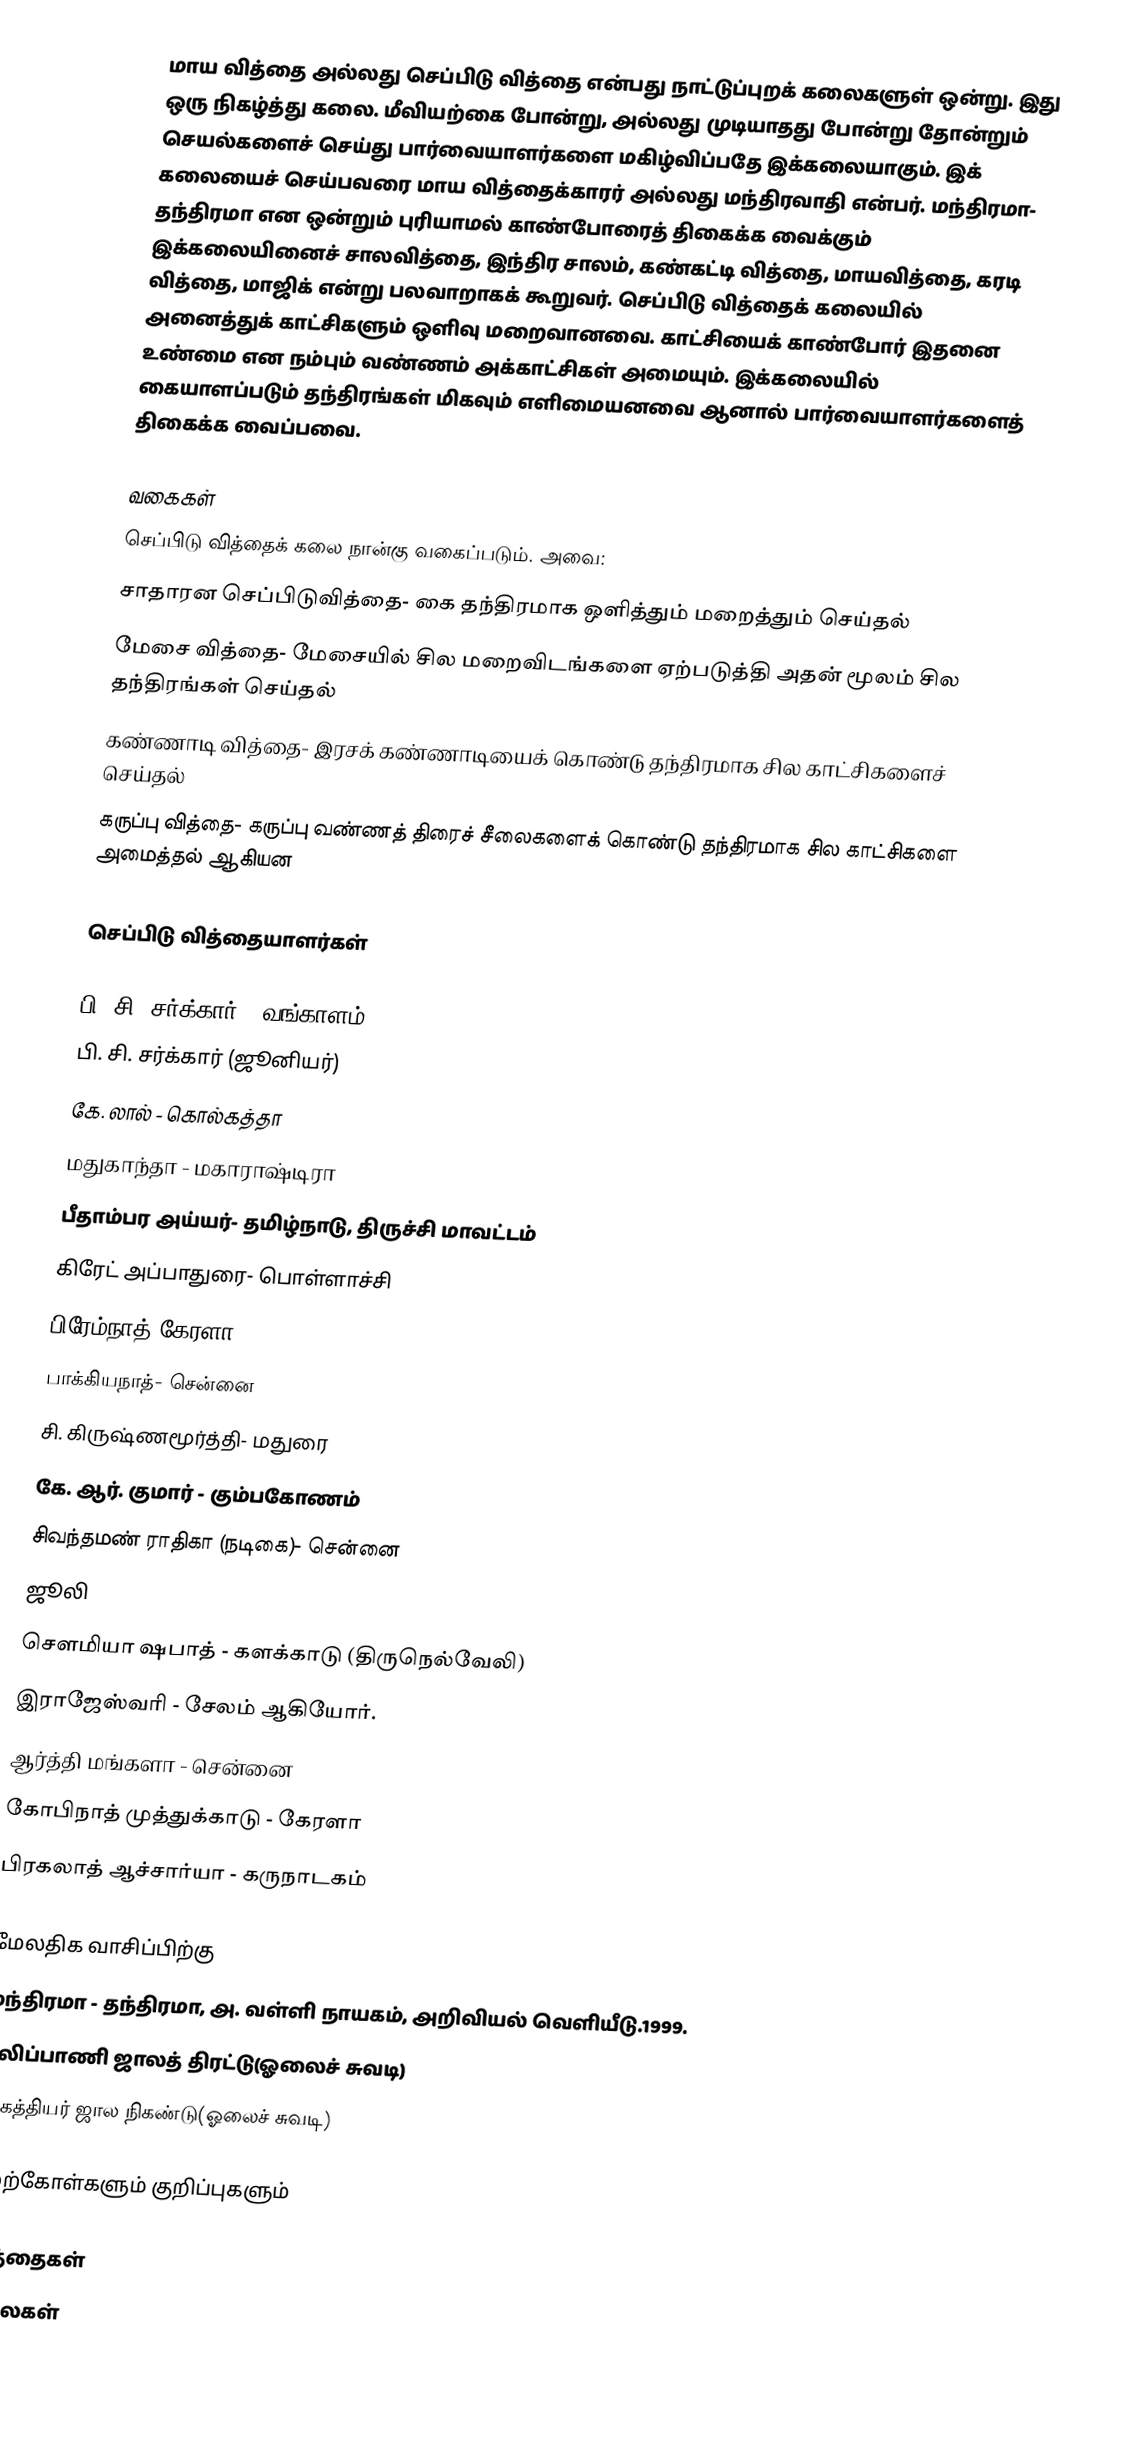
மாய வித்தை அல்லது செப்பிடு வித்தை என்பது நாட்டுப்புறக் கலைகளுள் ஒன்று. இது ஒரு நிகழ்த்து கலை. மீவியற்கை போன்று, அல்லது முடியாதது போன்று தோன்றும் செயல்களைச் செய்து பார்வையாளர்களை மகிழ்விப்பதே இக்கலையாகும். இக் கலையைச் செய்பவரை மாய வித்தைக்காரர் அல்லது மந்திரவாதி என்பர்.  மந்திரமா- தந்திரமா என ஒன்றும் புரியாமல் காண்போரைத் திகைக்க வைக்கும் இக்கலையினைச் சாலவித்தை, இந்திர சாலம், கண்கட்டி வித்தை, மாயவித்தை, கரடி வித்தை, மாஜிக் என்று பலவாறாகக் கூறுவர். செப்பிடு வித்தைக் கலையில் அனைத்துக் காட்சிகளும் ஒளிவு மறைவானவை. காட்சியைக் காண்போர் இதனை உண்மை என நம்பும் வண்ணம் அக்காட்சிகள் அமையும். இக்கலையில் கையாளப்படும் தந்திரங்கள் மிகவும் எளிமையனவை ஆனால் பார்வையாளர்களைத் திகைக்க வைப்பவை.

வகைகள்
செப்பிடு வித்தைக் கலை நான்கு வகைப்படும். அவை:
 சாதாரன செப்பிடுவித்தை- கை தந்திரமாக ஒளித்தும் மறைத்தும் செய்தல்
 மேசை வித்தை- மேசையில் சில மறைவிடங்களை ஏற்படுத்தி அதன் மூலம் சில தந்திரங்கள் செய்தல்
 கண்ணாடி வித்தை- இரசக் கண்ணாடியைக் கொண்டு தந்திரமாக சில காட்சிகளைச் செய்தல்
 கருப்பு வித்தை- கருப்பு வண்ணத் திரைச் சீலைகளைக் கொண்டு தந்திரமாக சில காட்சிகளை அமைத்தல் ஆகியன

செப்பிடு வித்தையாளர்கள்

 பி. சி. சர்க்கார் - வங்காளம்
 பி. சி. சர்க்கார் (ஜூனியர்)
 கே. லால் - கொல்கத்தா
 மதுகாந்தா - மகாராஷ்டிரா
 பீதாம்பர அய்யர்- தமிழ்நாடு, திருச்சி மாவட்டம்
 கிரேட் அப்பாதுரை- பொள்ளாச்சி
 பிரேம்நாத் கேரளா
 பாக்கியநாத்- சென்னை
 சி. கிருஷ்ணமூர்த்தி-  மதுரை
 கே. ஆர். குமார் - கும்பகோணம்
 சிவந்தமண் ராதிகா (நடிகை)- சென்னை
 ஜூலி
 சௌமியா ஷபாத் - களக்காடு (திருநெல்வேலி)
 இராஜேஸ்வரி - சேலம் ஆகியோர்.
 ஆர்த்தி மங்களா - சென்னை
 கோபிநாத் முத்துக்காடு - கேரளா
 பிரகலாத் ஆச்சார்யா - கருநாடகம்

மேலதிக வாசிப்பிற்கு
 மந்திரமா - தந்திரமா, அ. வள்ளி நாயகம், அறிவியல் வெளியீடு.1999.
 புலிப்பாணி ஜாலத் திரட்டு(ஓலைச் சுவடி)
 அகத்தியர் ஜால நிகண்டு(ஓலைச் சுவடி)

மேற்கோள்களும் குறிப்புகளும்

வித்தைகள்
கலைகள்